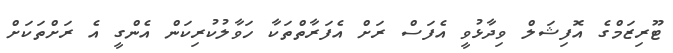
ޓޫރިޒަމްގެ އޮފިޝަލް ވިދާޅުވީ އެފަސް ރަށް އެފަރާތްތަކާ ހަވާލުކުރިކަން އެންގީ އެ ރަށްތަކަށް